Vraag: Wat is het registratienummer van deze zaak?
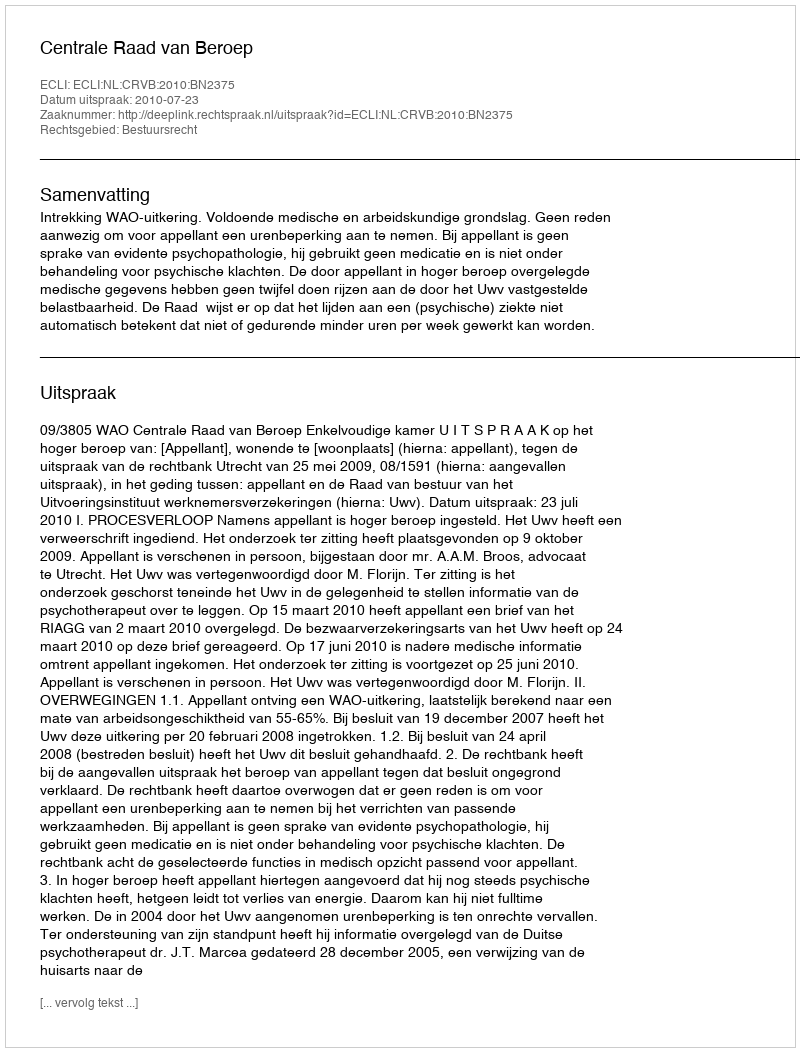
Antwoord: http://deeplink.rechtspraak.nl/uitspraak?id=ECLI:NL:CRVB:2010:BN2375